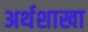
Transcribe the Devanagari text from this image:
अर्थशाखा